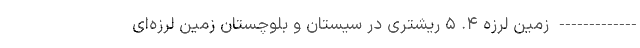
------------- زمین لرزه‌ ۴. ۵ ریشتری در سیستان و بلوچستان زمین لرزه‌ای